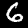
Label: 6